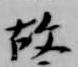
故